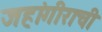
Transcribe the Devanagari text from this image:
जहांगीराची